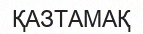
ҚАЗТАМАҚ